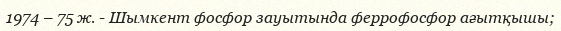
1974 – 75 ж. - Шымкент фосфор зауытында феррофосфор ағытқышы;